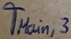
Text: TMain,3